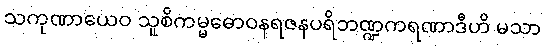
သကုဏာယေဝ သူစိကမ္မဓောဝနရဇနပရိဘဏ္ဍကရဏာဒီဟိ မသာ